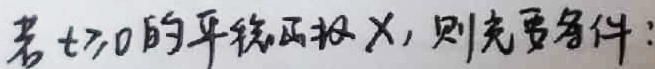
若$t>0$的平绕两抵$\lambda$，则充要条件：